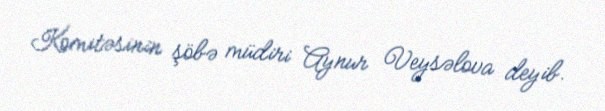
Komitəsinin şöbə müdiri Aynur Veysəlova deyib.